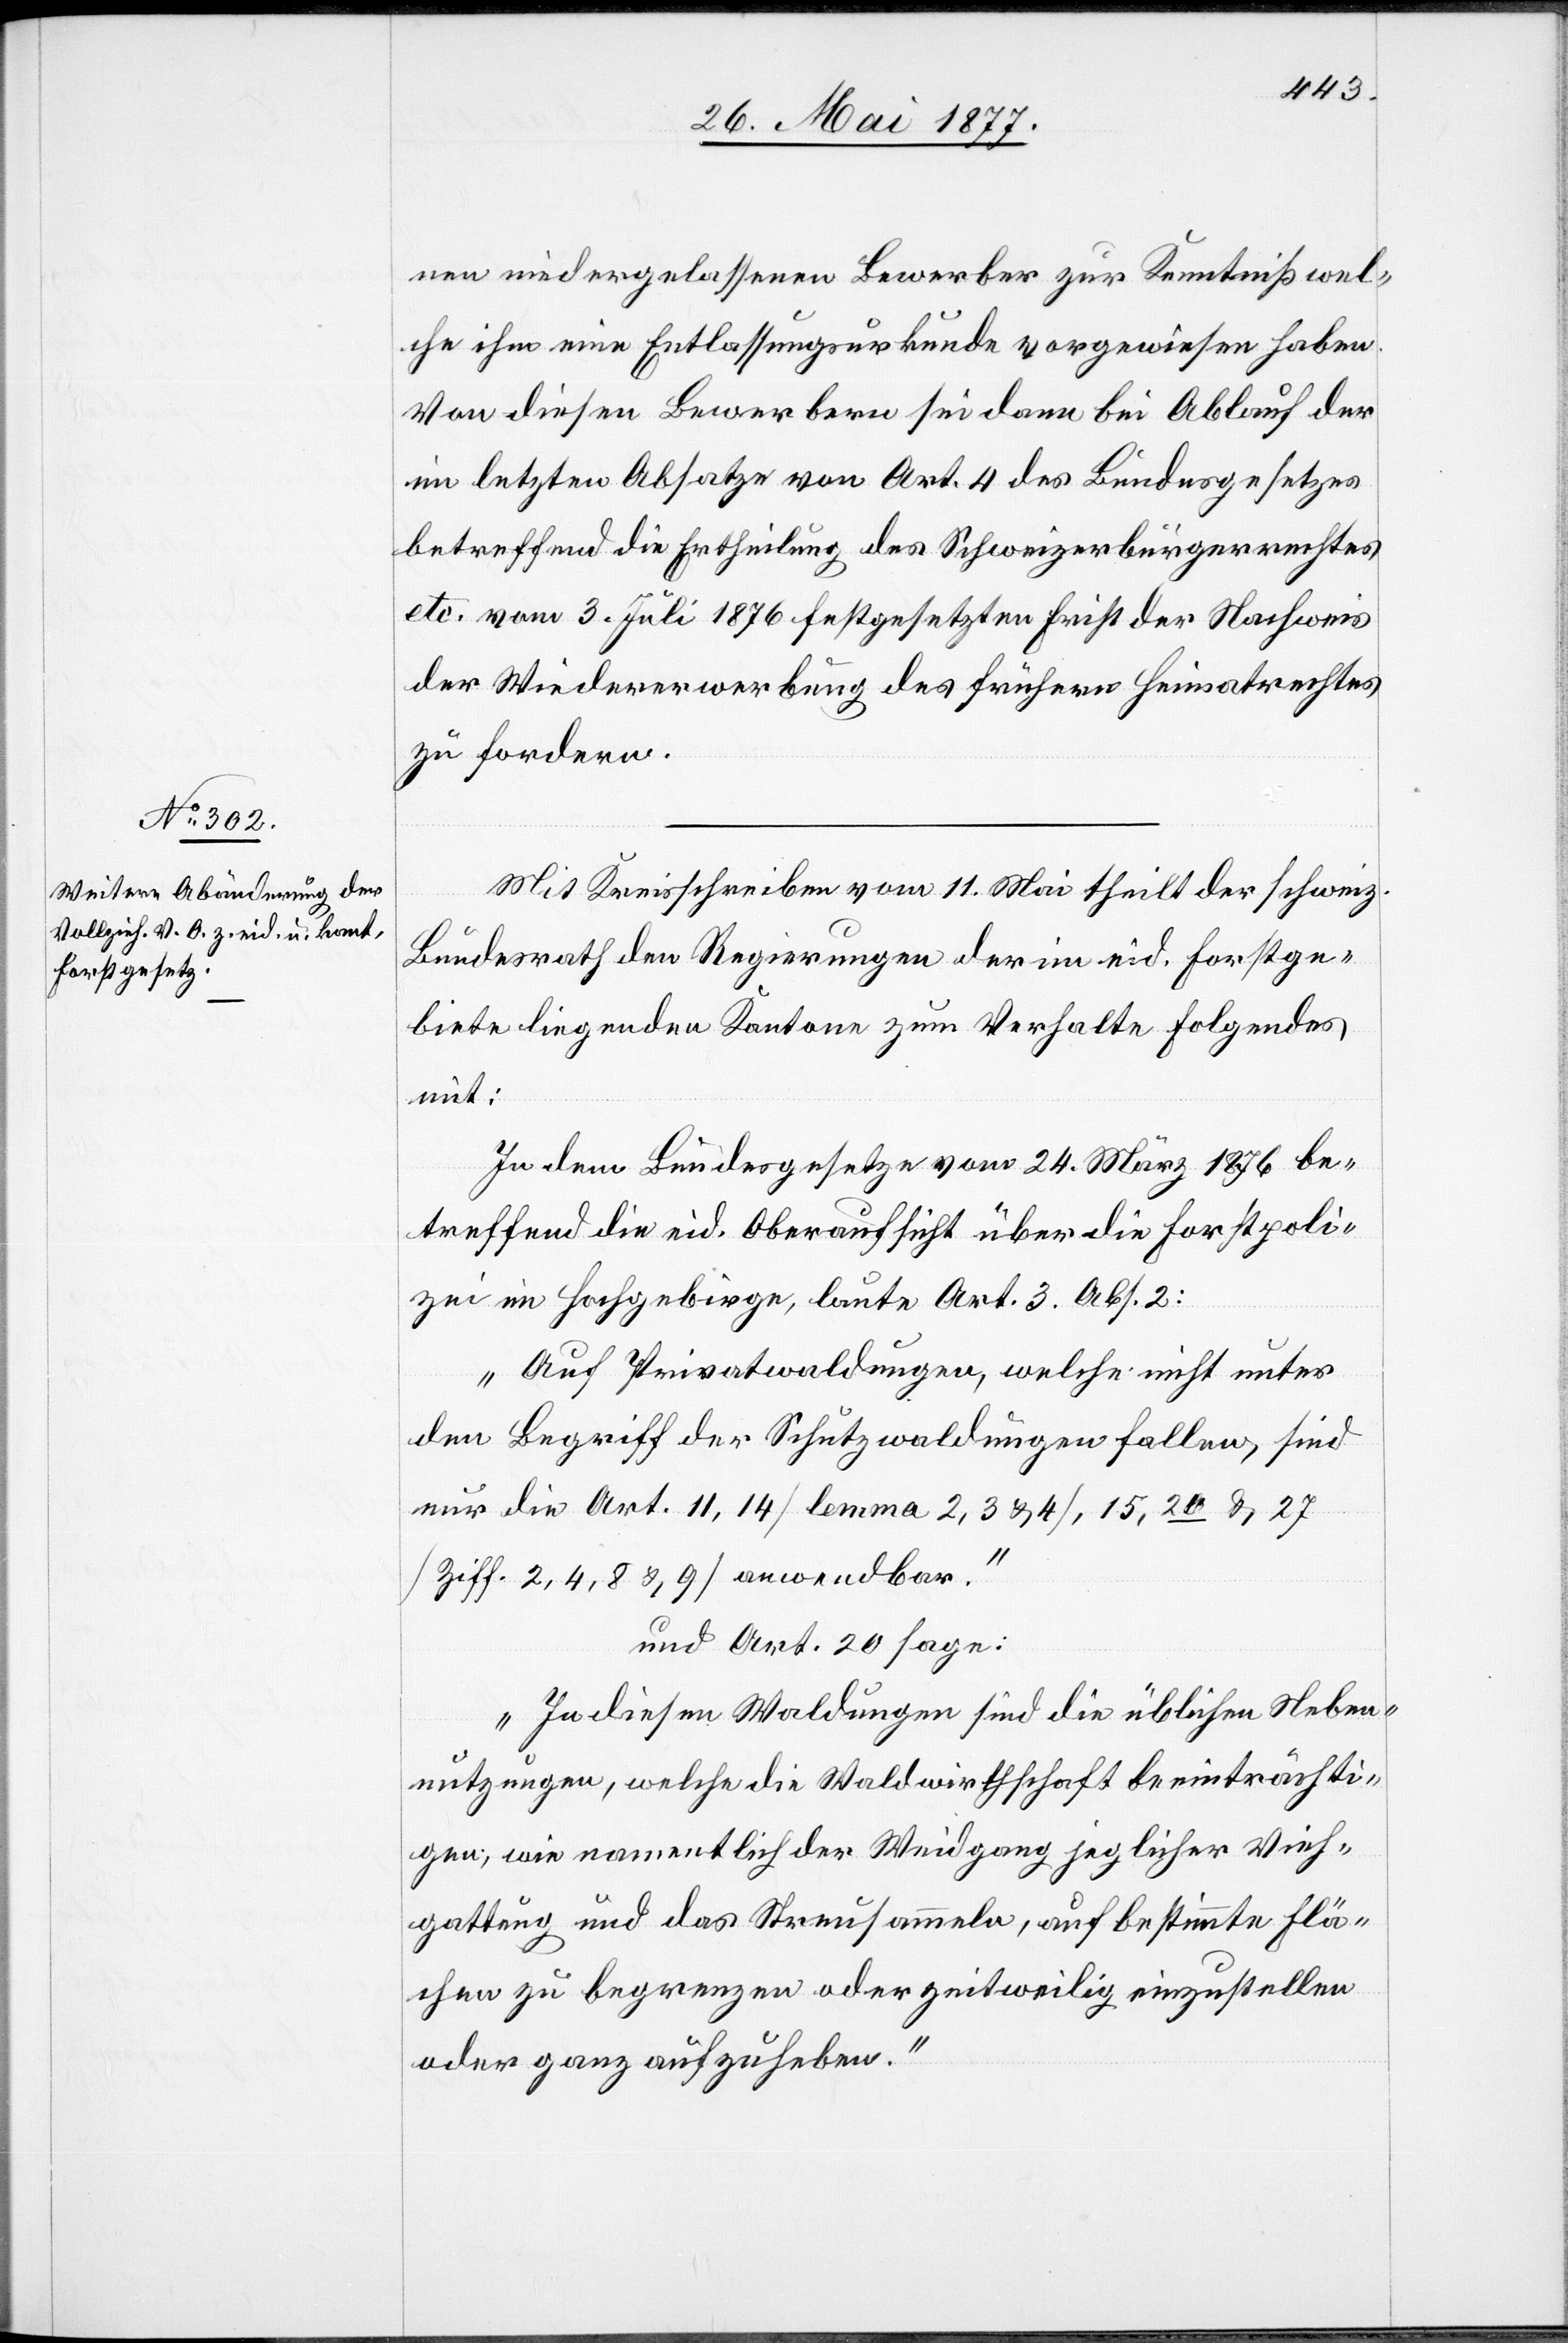
nen niedergelassenen Bewerber zur Kenntniß wel¬
che ihm eine Entlassungsurkunde vorgewiesen haben.
Von diesen Bewerbern sei dann bei Ablauf der
im letzten Absatze von Art. 4 des Bundesgesetzes
betreffend die Ertheilung des Schweizerbürgerrechtes
etc. vom 3. Juli 1876 festgesetzten Frist der Nachweis
der Wiedererwerbung des frühern Heimatrechte
zu fordern.
Mit Kreisschreiben vom 11. Mai theilt der schweiz.
Bundesrath den Regierungen der im eid. Forstge¬
biete liegenden Kantone zum Verhalte Folgendes
mit:
In dem Bundesgesetze vom 24. März 1876 be¬
treffend die eid. Oberaufsicht über die Forstpoli¬
zei im Hochgebirge, laute Art. 3, Abs. 2:
„Auf Privatwaldungen, welche nicht unter
den Begriff der Schutzwaldungen fallen, sind
nur die Art. 11, 14 [lemma 2, 3 & 4], 15, 20 & 27
[Ziff. 2, 4, 8 & 9] anwendbar.“
und Art. 20 sage:
„In diesen Waldungen sind die üblichen Neben¬
nutzungen, welche die Waldwirthschaft beeinträchti¬
gen, wie namentlich der Weidgang jeglicher Vieh¬
gattung und das Streusammeln, auf bestimmte Flä¬
chen zu begrenzen oder zeitweilig einzustellen
oder ganz aufzuheben.“